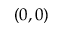
( 0 , 0 )